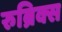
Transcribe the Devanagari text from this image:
रुब्रिक्स